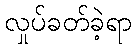
လှုပ်ခတ်ခဲ့ရာ